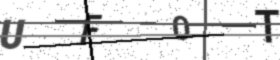
Text: UF0T